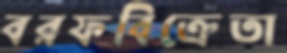
বরফবিক্রেতা